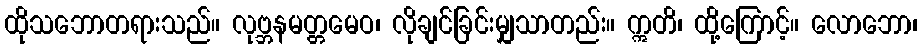
ထိုသဘောတရားသည်။ လုဗ္ဘနမတ္တမေဝ၊ လိုချင်ခြင်းမျှသာတည်း။ ဣတိ၊ ထို့ကြောင့်။ လောဘော၊